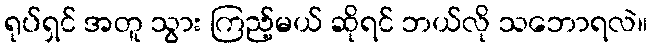
ရုပ်ရှင် အတူ သွား ကြည့်မယ် ဆိုရင် ဘယ်လို သဘောရလဲ။